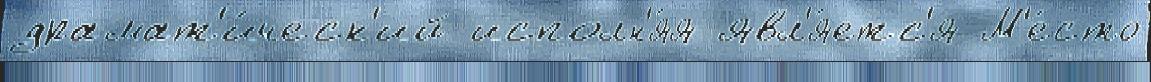
драмат'и́ческ'ий исполн'я́я явл'я́етс'я М'е́сто